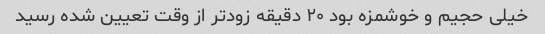
خیلی حجیم و خوشمزه بود ۲۰ دقیقه زودتر از وقت تعیین شده رسید